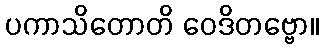
ပကာသိတောတိ ဝေဒိတဗ္ဗော။